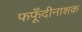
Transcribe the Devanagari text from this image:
फफूँदीनाशक